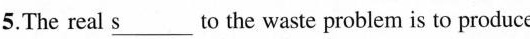
5.The real\underline{s}to the waste problem isto produce